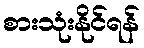
စားသုံးနိုင်ရန်